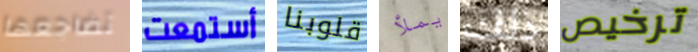
تضاجعها أستمعت قلوبنا يملأ ذلك ترخيص